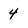
Character: 4